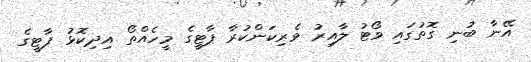
އޭނާ ބުނި ގޮތުގައި ވޯޓު ލާއިރު ވެރިކަންކުރާ ޕާޓީގެ މީހެއްތޯ އިދިކޮޅު ޕާޓީގެ